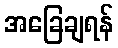
အခြေချရန်